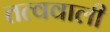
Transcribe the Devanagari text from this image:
तत्ववाली